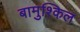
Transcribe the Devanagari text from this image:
बामुश्किल